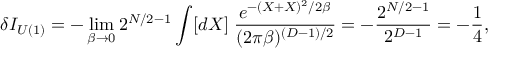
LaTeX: \delta { \cal I } _ { U ( 1 ) } = - \operatorname * { l i m } _ { \beta \rightarrow 0 } 2 ^ { N / 2 - 1 } \int [ d X ] \; \frac { e ^ { - ( X + X ) ^ { 2 } / 2 \beta } } { ( 2 \pi \beta ) ^ { ( D - 1 ) / 2 } } = - \frac { 2 ^ { N / 2 - 1 } } { 2 ^ { D - 1 } } = - \frac { 1 } { 4 } ,